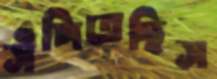
সঁপিতেছিস